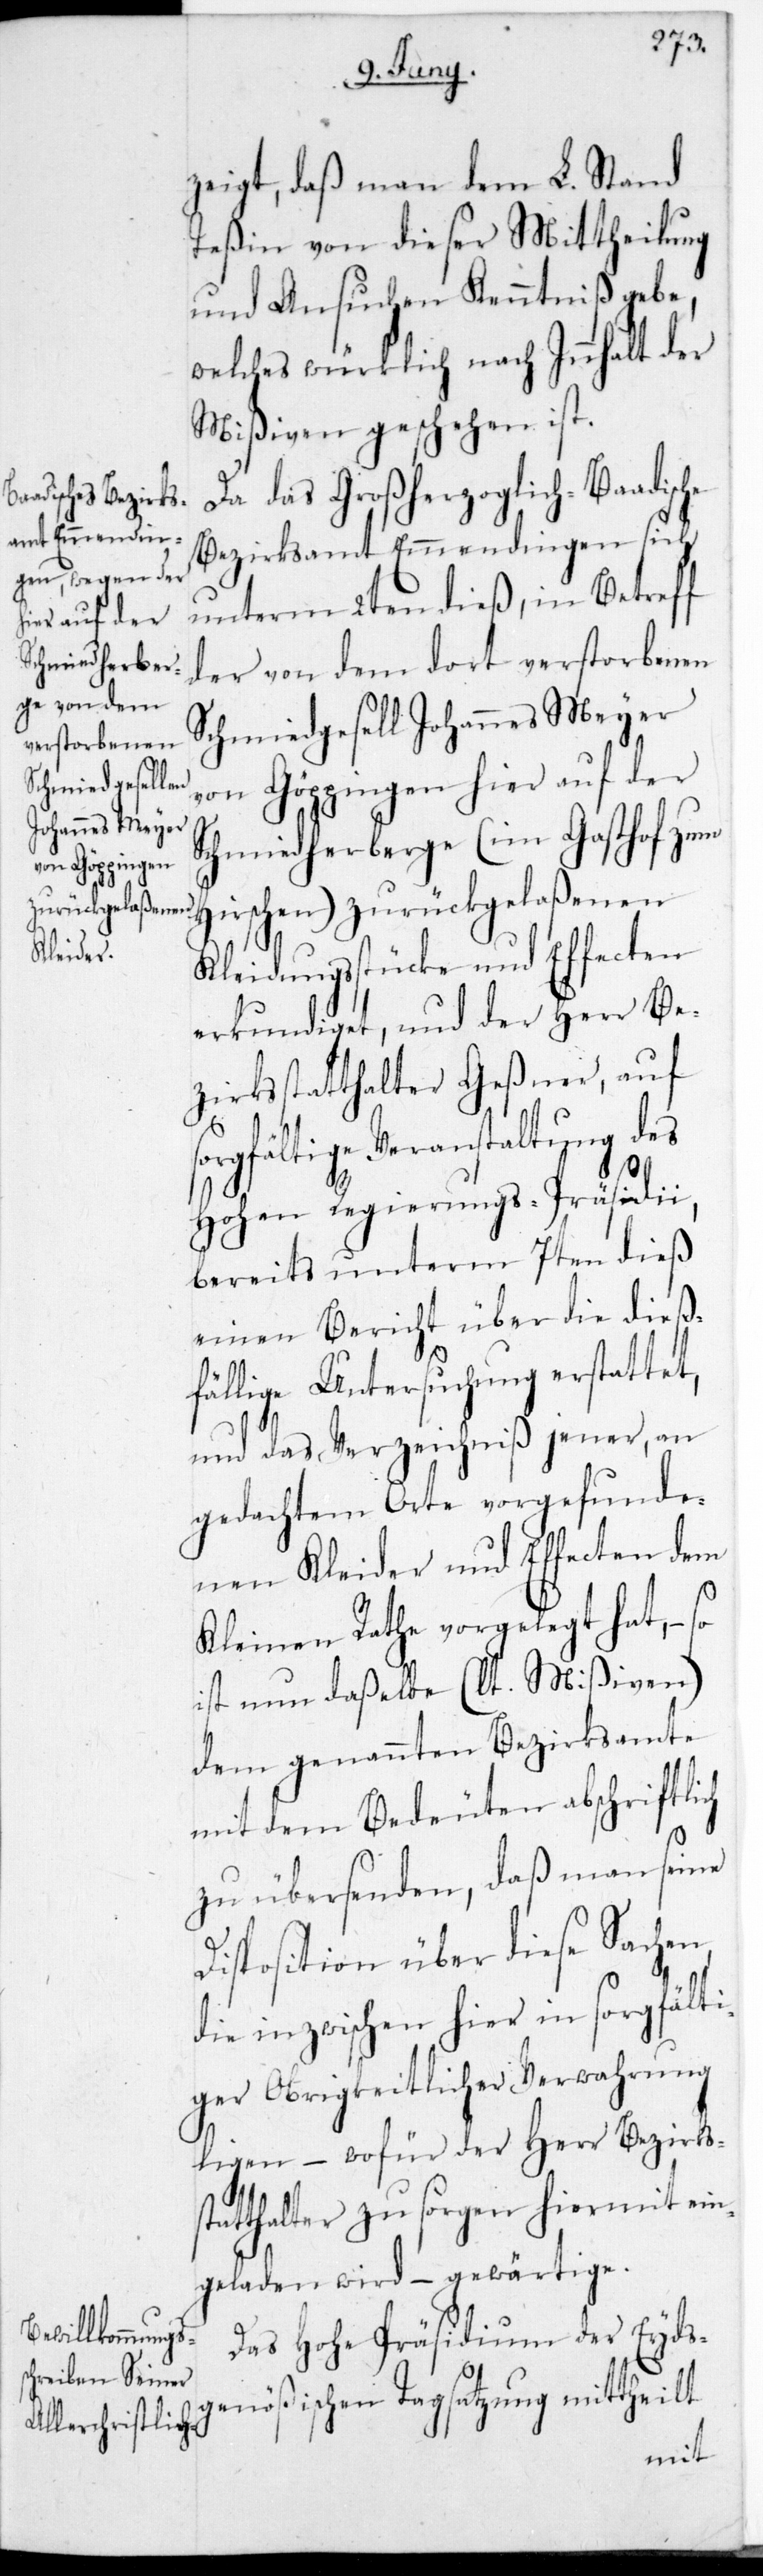
zeigt, daß man dem L. Stand
Teßin von dieser Mittheilung
und Ansuchen Kenntniß gebe,
welches würklich nach Inhalt der
Mißiven geschehen ist.
Da das Großherzoglich-Baadische
Bezirksamt Emmendingen sich
unterm 2ten dieß, in Betreff
der von dem dort verstorbenen
Schmiedgesell Johannes Meyer
von Göppingen hier auf der
Schmiedherberge (im Gasthof zum
Hirschen) zurückgelaßenen
Kleidungsstücke und Effecten
erkundiget, und der Herr Be¬
zirksstatthalter Geßner, auf
sorgfältige Veranstaltung des
Hohen Regierungs-Präsidii,
bereits unterm 7ten dieß
einen Bericht über die dieß¬
fällige Untersuchung erstattet,
und das Verzeichniß jener, an
gedachtem Orte vorgefunde¬
nen Kleider und Effecten dem
Kleinen Rathe vorgelegt hat, –
ist nun daßelbe (lt. Mißiven)
dem genannten Bezirksamte
mit dem Bedeuten abschriftlich
zu übersenden, daß man seine
Disposition über diese Sachen,
die inzwischen hier in sorgfält¬
iger obrigkeitlicher Verwahrung
liegen, – wofür der Herr Bezirks¬
statthalter zu sorgen hiermit ein¬
geladen wird, – gewärtige.
Das Hohe Präsidium der Eyds¬
genößischen Tagsatzung mittheilt